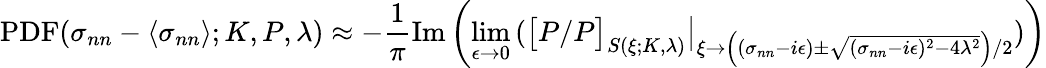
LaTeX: \mathrm{PDF}(\sigma_{nn}-\left\langle\sigma_{nn}\right\rangle;K,P,\lambda)\approx-\frac{1}{\pi}\mathrm{Im}\left(\operatorname*{lim}_{\epsilon\to 0}\left(\big[P/P\big]_{S(\xi;K,\lambda)}\big\vert_{\xi\to\left((\sigma_{nn}-i\epsilon)\pm\sqrt{(\sigma_{nn}-i\epsilon)^{2}-4\lambda^{2}}\right)/2}\right)\right)